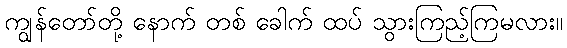
ကျွန်တော်တို့ နောက် တစ် ခေါက် ထပ် သွားကြည့်ကြမလား။